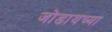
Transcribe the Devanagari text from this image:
जोडायच्या